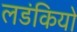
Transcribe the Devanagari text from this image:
लडंकियो